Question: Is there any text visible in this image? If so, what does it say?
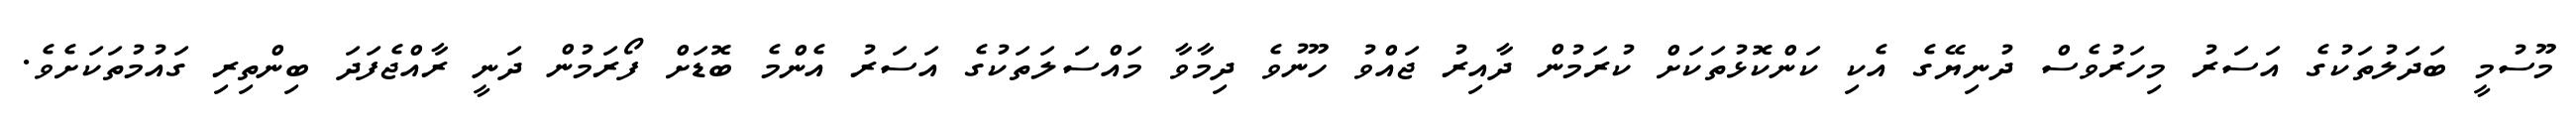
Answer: މޫސުމީ ބަދަލުތަކުގެ އަސަރު މިހަރުވެސް ދުނިޔޭގެ އެކި ކަންކޮޅުތަކަށް ކުރަމުން ދާއިރު ޖައްވު ހޫނުވެ ދިމާވާ މައްސަލަތަކުގެ އަސަރު އެންމެ ބޮޑަށް ފޯރަމުން ދަނީ ރާއްޖެފަދަ ބިންތިރި ގައުމުތަކަށެވެ.